Vaccine operations Central Provinces 1886-1899 - 1886-1899
Year: 1886
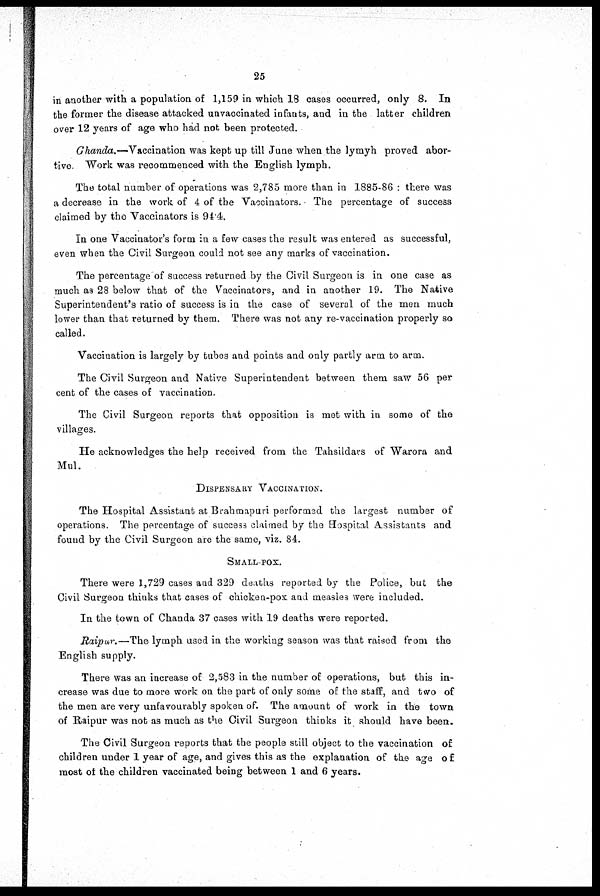
25
in another with a population of 1,159 in which 18 cases occurred, only 8. In
the former the disease attacked unvaccinated infants, and in the latter children
over 12 years of age who had not been protected.
Ghanda.—Vaccination was kept up till June when the lymyh proved abor-
tive. Work was recommenced with the English lymph.
The total number of operations was 2,785 more than in 1885-86 : there was
a decrease in the work of 4 of the Vaccinators. The percentage of success
claimed by the Vaccinators is 94.4.
In one Vaccinator's form in a few cases the result was entered as successful,
even when the Civil Surgeon could not see any marks of vaccination.
The percentage of success returned by the Civil Surgeon is in one case as
much as 28 below that of the Vaccinators, and in another 19. The Native
Superintendent's ratio of success is in the case of several of the men much
lower than that returned by them. There was not any re-vaccination properly so
called.
Vaccination is largely by tubes and points and only partly arm to arm.
The Civil Surgeon and Native Superintendent between them saw 56 per
cent of the cases of vaccination.
The Civil Surgeon reports that opposition is met with in some of the
villages.
He acknowledges the help received from the Tahsildars of Warora and
Mul.
DISPENSARY VACCINATION.
The Hospital Assistant at Brahmapuri performed the largest number of
operations. The percentage of success claimed by the Hospital Assistants and
found by the Civil Surgeon are the same, viz. 84.
SMALL-POX.
There were 1,729 cases and 329 deaths reported by the Police, but the
Civil Surgeon thinks that cases of chicken-pox and measles were included.
In the town of Chanda 37 cases with 19 deaths were reported.
Raipur.—The lymph used in the working season was that raised from the
English supply.
There was an increase of 2,583 in the number of operations, but this in-
crease was due to more work on the part of only some of the staff, and two of
the men are very unfavourably spoken of. The amount of work in the town
of Raipur was not as much as the Civil Surgeon thinks it should have been.
The Civil Surgeon reports that the people still object to the vaccination of
children under 1 year of age, and gives this as the explanation of the age of
most of the children vaccinated being between 1 and 6 years.